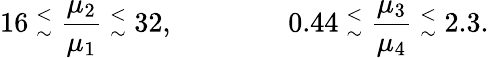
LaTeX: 16~{^<_{\sim}}~{\frac{\mu_{2}}{\mu_{1}}}~{^<_{\sim}}~32,\qquad\qquad 0.44~{^<_{\sim}}~{\frac{\mu_{3}}{\mu_{4}}}~{^<_{\sim}}~2.3.